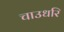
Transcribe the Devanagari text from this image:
चाउधरि